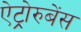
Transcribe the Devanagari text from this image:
ऐट्रोरुबेंस